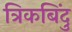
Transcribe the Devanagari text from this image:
त्रिकबिंदु